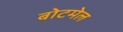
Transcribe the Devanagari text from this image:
बोटमेल